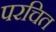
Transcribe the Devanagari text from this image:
परचित